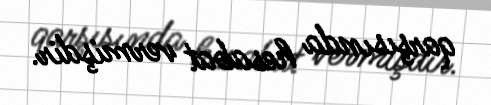
qarşısında hesabat vermişdir.